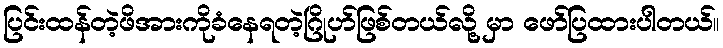
ပြင်းထန်တဲ့ဖိအားကိုခံနေရတဲ့ဂြိုဟ်ဖြစ်တယ်လို့ မှာ ဖော်ပြထားပါတယ်။